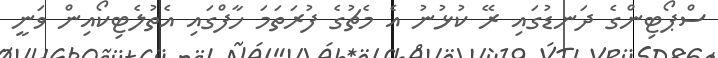
ސްޕޯޓިންގެ ދަނޑުގައި ރޭ ކުޅުނު އެ މެޗުގެ ފުރަތަމަ ހާފްގައި އެތުލެޓިކޯއިން ވަނީ